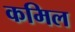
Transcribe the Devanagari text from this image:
कमिल